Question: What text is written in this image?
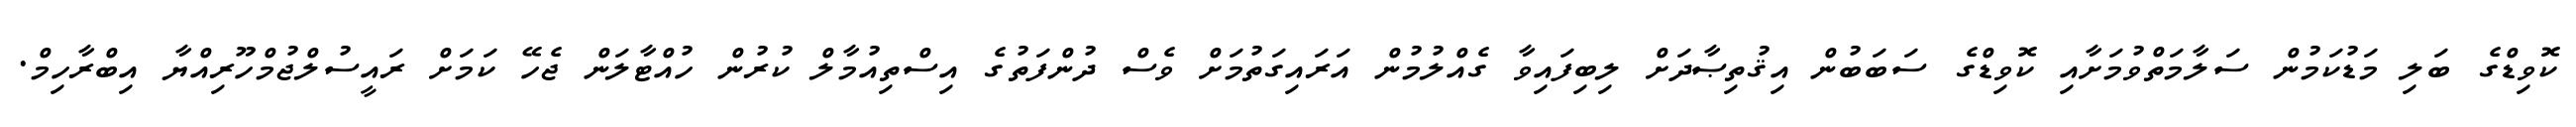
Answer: ކޮވިޑްގެ ބަލި މަޑުކަމުން ސަލާމަތްވުމަށާއި ކޮވިޑްގެ ސަބަބުން އިޤުތިޞާދަށް ލިބިފައިވާ ގެއްލުމުން އަރައިގަތުމަށް ވެސް ދުންފަތުގެ އިސްތިއުމާލް ކުރުން ހުއްޓާލަން ޖެހޭ ކަމަށް ރައީސުލްޖުމްހޫރިއްޔާ އިބްރާހިމް.